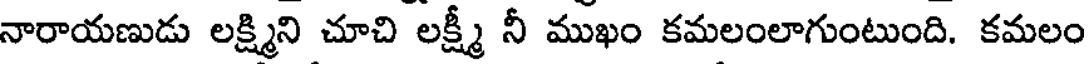
నారాయణుడు లక్ష్మిని చూచి లక్ష్మీ నీ ముఖం కమలంలాగుంటుంది. కమలం